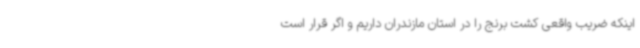
اینکه ضریب واقعی کشت برنج را در استان مازندران داریم و اگر قرار است